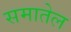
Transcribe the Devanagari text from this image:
समातेल